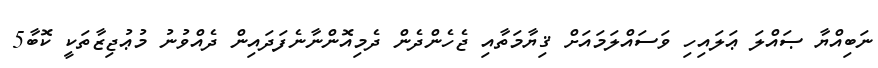
ނަބިއްޔާ ޞައްލަ ޢަލައިހި ވަސައްލަމައަށް ޤިޔާމަތާއި ޖެހެންދެން ދެމިއޮންނާނެފަދައިން ދެއްވުނު މުޢުޖިޒާތަކީ ކޮބާ5